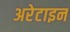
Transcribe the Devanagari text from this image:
अरेटाइन